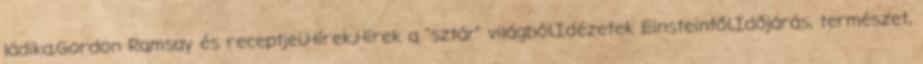
ládika,Gordon Ramsay és receptjei,Hírek,Hírek a "sztár" világból,Idézetek Einsteintől,Időjárás, természet,